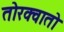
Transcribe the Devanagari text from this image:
तोरक्वातो